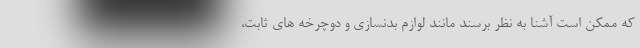
که ممکن است آشنا به نظر برسند مانند لوازم بدنسازی و دوچرخه های ثابت،